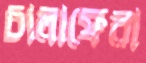
চালাফেরা